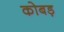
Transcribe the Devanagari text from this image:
कोबड़